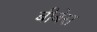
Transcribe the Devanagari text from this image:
बीबेस